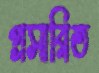
প্রসারিত